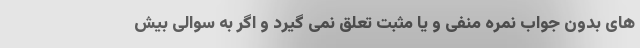
های بدون جواب نمره منفی و یا مثبت تعلق نمی گیرد و اگر به سوالی بیش